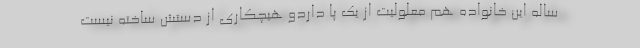
ساله این خانواده هم معلولیت از یک پا داردو هیچکاری از دستش ساخته نیست